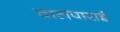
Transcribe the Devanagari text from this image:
वालपाराई